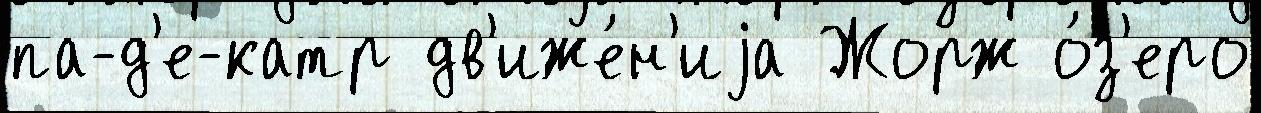
па-д'е-катр дв'иже́н'иjа Жорж о́з'еро